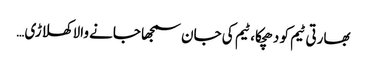
بھارتی ٹیم کو دھچکا، ٹیم کی جان سمجھا جانے والا کھلاڑی…